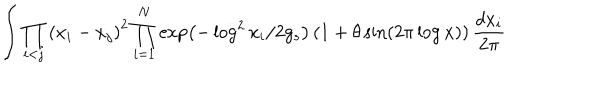
\int \prod _ { i < j } \left( x _ { i } - x _ { j } \right) ^ { 2 } \prod _ { i = 1 } ^ { N } \exp \left( - \log ^ { 2 } x _ { i } / 2 g _ { s } \right) \left( 1 + \theta \sin \left( 2 \pi \log x \right) \right) \frac { d x _ { i } } { 2 \pi }